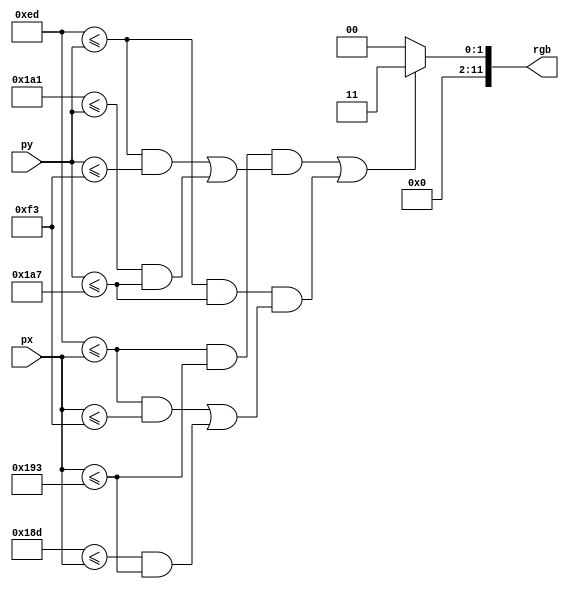
`timescale 1ns / 1ps
//////////////////////////////////////////////////////////////////////////////////
// Company: 
// Engineer: 
// 
// Design Name: 
// Module Name: border
// Project Name: 
// Target Devices: 
// Tool Versions: 
// Description: 
// 
// Dependencies: 
// 
// Revision:
// Revision 0.01 - File Created
// Additional Comments:
// 
//////////////////////////////////////////////////////////////////////////////////


module border(
        px, py,
        rgb
    );

    parameter BUS_WIDTH = 12;
    parameter TOP = 240;
    parameter LEFT = 240;
    parameter BOTTOM = 420;
    parameter RIGHT = 400;
    parameter THICCNESS = 3;

    input wire [9:0] px, py;
    output wire [BUS_WIDTH-1:0] rgb;

    wire isTop = TOP-THICCNESS <= py && py <= TOP+THICCNESS;
    wire isBottom = BOTTOM-THICCNESS <= py && py <= BOTTOM+THICCNESS;
    wire inBoundY = TOP-THICCNESS <= py && py <= BOTTOM+THICCNESS;

    wire isLeft = LEFT-THICCNESS <= px && px <= LEFT+THICCNESS;
    wire isRight = RIGHT-THICCNESS <= px && px <= RIGHT+THICCNESS;
    wire inBoundX = LEFT-THICCNESS <= px && px <= RIGHT+THICCNESS;

    assign rgb = ((inBoundX && (isTop || isBottom)) || (inBoundY && (isLeft || isRight))) ? 15'd3 : 5'd0;

endmodule